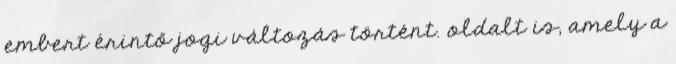
embert érintő jogi változás történt. oldalt is, amely a